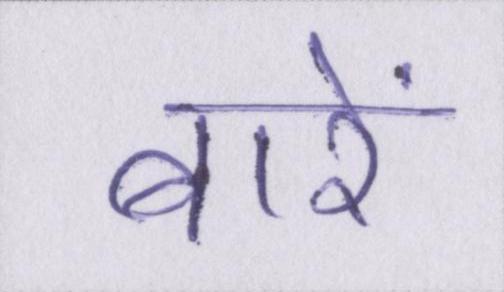
बारें